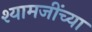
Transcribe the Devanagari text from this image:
श्यामजींच्या